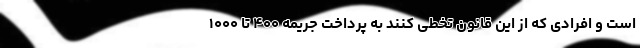
است و افرادی که از این قانون تخطی کنند به پرداخت جریمه ۴۰۰ تا ۱۰۰۰